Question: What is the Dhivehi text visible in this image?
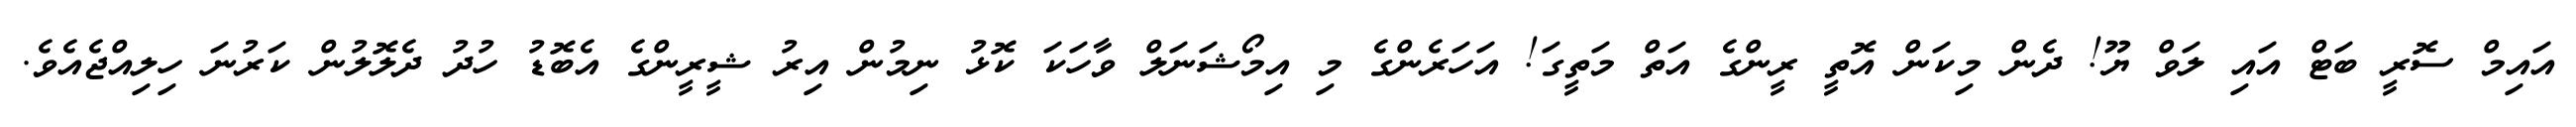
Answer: އައިމް ސޮރީ ބަޓް އައި ލަވް ޔޫ! ދެން މިކަން އޮތީ ރީންގެ އަތް މަތީގަ! އަހަރެންގެ މި އިމޯޝަނަލް ވާހަކަ ކޮޅު ނިމުން އިރު ޝީރީންގެ އެބޮޑު ހުދު ދެލޮލުން ކަރުނަ ހިލިއްޖެއެވެ.